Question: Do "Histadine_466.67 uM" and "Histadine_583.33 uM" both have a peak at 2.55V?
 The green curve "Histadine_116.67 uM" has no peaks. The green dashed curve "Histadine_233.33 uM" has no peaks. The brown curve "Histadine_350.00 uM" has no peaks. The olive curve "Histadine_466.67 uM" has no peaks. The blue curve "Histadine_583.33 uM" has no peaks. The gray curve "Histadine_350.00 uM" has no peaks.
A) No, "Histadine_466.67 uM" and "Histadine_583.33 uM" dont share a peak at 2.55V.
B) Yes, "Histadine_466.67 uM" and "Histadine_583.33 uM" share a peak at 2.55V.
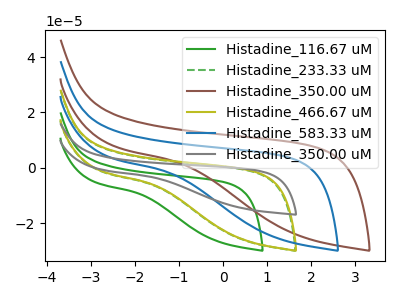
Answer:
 <answer>A) No, "Histadine_466.67 uM" and "Histadine_583.33 uM" dont share a peak at 2.55V.</answer>
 <eval>A</eval>